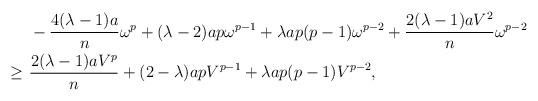
LaTeX: \begin{align*}&-\frac{4(\lambda-1)a}{n}\omega^{p}+(\lambda-2)ap\omega^{p-1}+\lambda a p(p-1)\omega^{p-2} +\frac{2(\lambda-1)aV^{2}}{n}\omega^{p-2} \\\geq \,\, & \frac{2(\lambda-1)aV^{p}}{n }+(2-\lambda)apV^{p-1}+\lambda a p(p-1)V^{p-2},\end{align*}